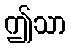
ဤသာ